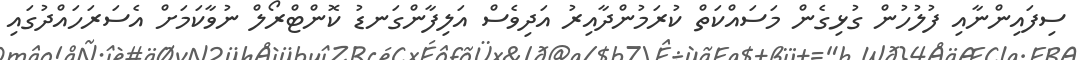
ސިފައިންނާއި ފުލުހުން ގުޅިގެން މަސައްކަތް ކުރަމުންދާއިރު އަދިވެސް އަލިފާންގަނޑު ކޮންޓްރޯލް ނުވާކަމަށް އެސަރަހައްދުގައި